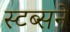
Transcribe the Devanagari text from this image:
स्टब्सने